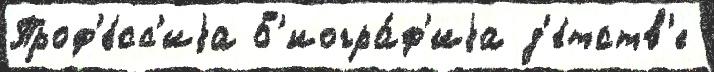
Проф'е́сс'иjа Б'иогра́ф'иjа д'е́тств'е